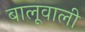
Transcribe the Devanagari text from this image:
बालूवाली